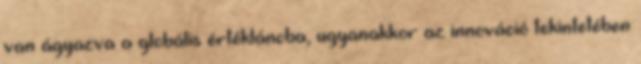
van ágyazva a globális értékláncba, ugyanakkor az innováció tekintetében